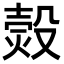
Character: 㷤